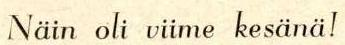
Näin oli viime kesänä!